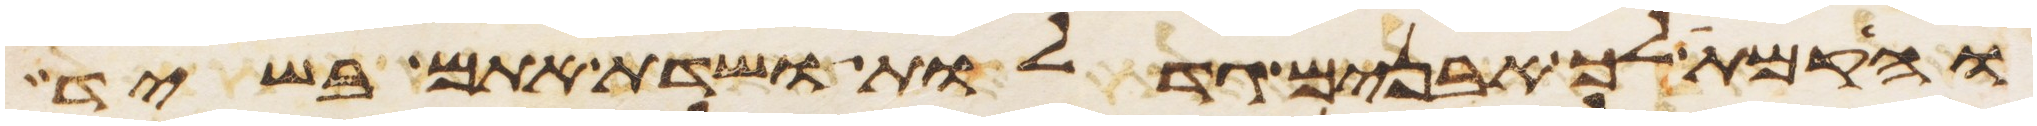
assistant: והקמת לך אבנים גדלות ושדת אתם בשיד